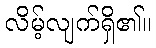
လိမ့်လျက်ရှိ၏။